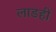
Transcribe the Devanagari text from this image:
लाडही